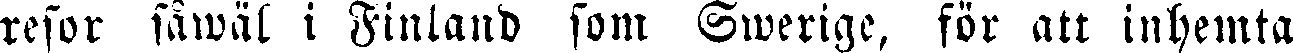
resor såwäl i Finland som Swerige, för att inhemta